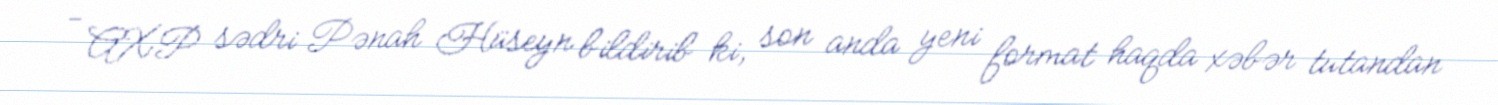
- AXP sədri Pənah Hüseyn bildirib ki, son anda yeni format haqda xəbər tutandan